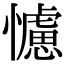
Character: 𢣿